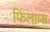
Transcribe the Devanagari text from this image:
फिलाप्स